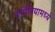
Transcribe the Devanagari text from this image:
नामिबियामध्ये